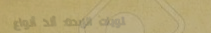
حلويات الزبدة: ألذ أنواع